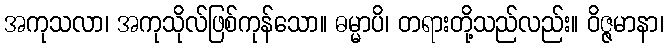
အကုသလာ၊ အကုသိုလ်ဖြစ်ကုန်သော။ ဓမ္မာပိ၊ တရားတို့သည်လည်း။ ဝိဇ္ဇမာနာ၊